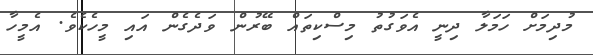
މުދިމަށް ހަމަލާ ދިނީ އެވަގުތު މިސްކިތައް ބޭރުން ވަދެގެން އައި މީހެކެވެ. އެމީހާ